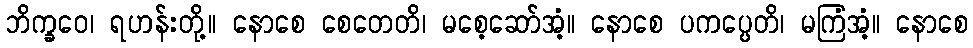
ဘိက္ခဝေ၊ ရဟန်းတို့။ နောစေ စေတေတိ၊ မစေ့ဆော်အံ့။ နောစေ ပကပ္ပေတိ၊ မကြံအံ့။ နောစေ